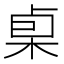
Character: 𰗧